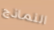
النماذج